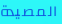
المصيدة